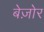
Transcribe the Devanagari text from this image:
बेज़ोर